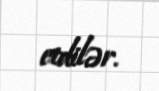
etdilər.